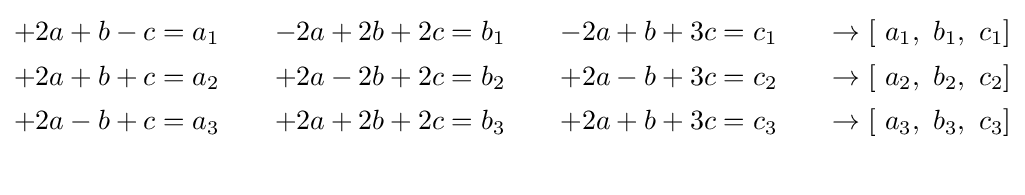
{\begin{aligned}&{\begin{matrix}+2a+b-c=a_{1}\quad &-2a+2b+2c=b_{1}\quad &-2a+b+3c=c_{1}&\quad \to \left[{\text{ }}a_{1},{\text{ }}b_{1},{\text{ }}c_{1}\right]\end{matrix}}\\&{\begin{matrix}+2a+b+c=a_{2}\quad &+2a-2b+2c=b_{2}\quad &+2a-b+3c=c_{2}&\quad \to \left[{\text{ }}a_{2},{\text{ }}b_{2},{\text{ }}c_{2}\right]\end{matrix}}\\&{\begin{matrix}+2a-b+c=a_{3}\quad &+2a+2b+2c=b_{3}\quad &+2a+b+3c=c_{3}&\quad \to \left[{\text{ }}a_{3},{\text{ }}b_{3},{\text{ }}c_{3}\right]\end{matrix}}\\&\end{aligned}}